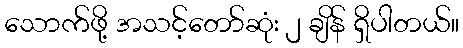
သောက်ဖို့ အသင့်တော်ဆုံး ၂ ချိန် ရှိပါတယ်။